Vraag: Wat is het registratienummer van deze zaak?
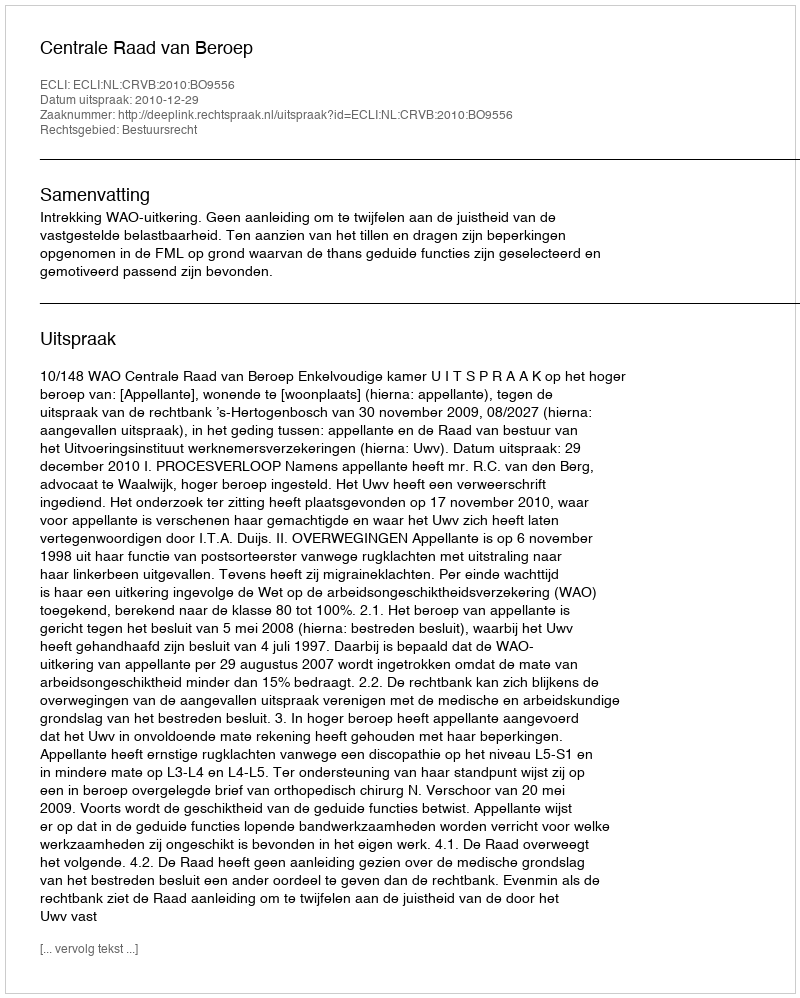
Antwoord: http://deeplink.rechtspraak.nl/uitspraak?id=ECLI:NL:CRVB:2010:BO9556